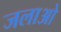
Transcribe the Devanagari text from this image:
जलाओ